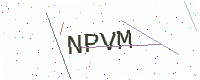
Text: NPVM